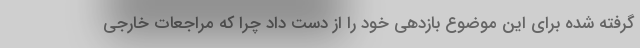
گرفته شده برای این موضوع بازدهی خود را از دست داد چرا که مراجعات خارجی